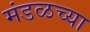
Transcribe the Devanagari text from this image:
मंडळच्या